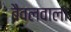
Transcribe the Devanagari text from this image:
बैवलवाला